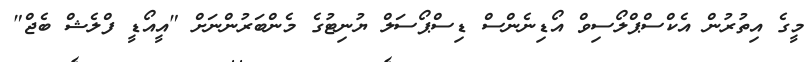
މީގެ އިތުރުން އެކްސްޕްލޯސިވް އޯޑިނެންސް ޑިސްޕޯސަލް ޔުނިޓުގެ މެންބަރުންނަށް "އީއޯޑީ ފްލެޝް ބެޖް"